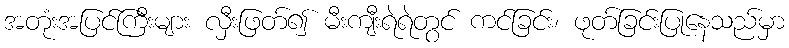
အတုံးအပြင်ကြီးများ လှီးဖြတ်၍ မီးကျီးရဲရဲတွင် ကင်ခြင်း၊ ဖုတ်ခြင်းပြုနေသည်မှာ